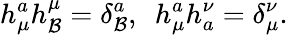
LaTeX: h_{\mu}^{a}h_{\mathcal{B}}^{\mu}=\delta_{\mathcal{B}}^{a},~~h_{\mu}^{a}h_{a}^{\nu}=\delta_{\mu}^{\nu}.